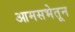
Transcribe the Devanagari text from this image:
आमसभेतून